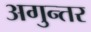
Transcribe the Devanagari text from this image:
अगुन्तर